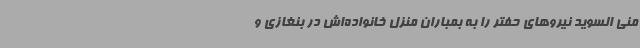
منی السوید نیروهای حفتر را به بمباران منزل خانواده‌اش در بنغازی و